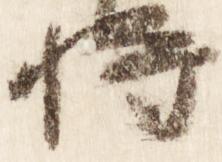
将